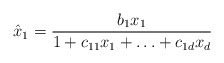
\begin{align*}\hat{x}_{1}=\frac{b_{1}x_{1}}{1+c_{11}x_{1}+\mathellipsis +c_{1d}x_{d}}\end{align*}